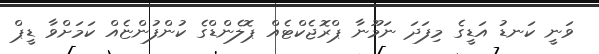
ވަނީ ކަނޑު އަޑީގެ މިފަދަ ނަމޫނާ ޕްރޮޖެކްޓެއް ޕޮލެންޑްގެ ކުންފުންޏެއް ކަމަށްވާ ޑީޕް